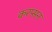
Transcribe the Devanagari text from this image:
करप्सन